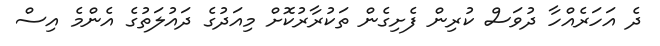
ދެ އަހަރެއްހާ ދުވަސް ކުރިން ފެށިގެން ތަކުރާރުކޮށް މިއަދުގެ ދައުލަތުގެ އެންމެ އިސް